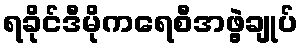
ရခိုင်ဒီမိုကရေစီအဖွဲ့ချုပ်